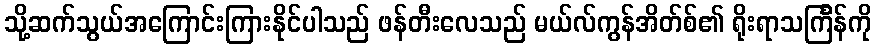
သို့ဆက်သွယ်အကြောင်းကြားနိုင်ပါသည် ဖန်တီးလေသည် မယ်လ်ကွန်အိတ်စ်၏ ရိုးရာသင်္ကြန်ကို